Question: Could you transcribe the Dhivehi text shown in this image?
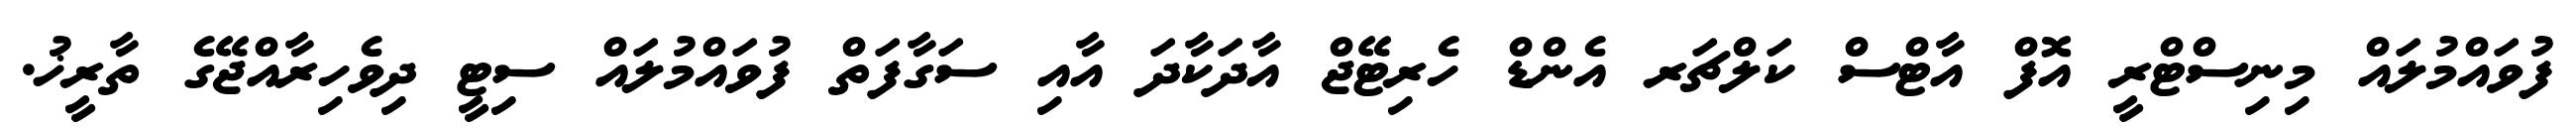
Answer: ފުވައްމުލައް މިނިސްޓްރީ އޮފް އާޓްސް ކަލްޗަރ އެންޑް ހެރިޓޭޖް އާދަކާދަ އާއި ސަގާފަތް ފުވައްމުލައް ސިޓީ ދިވެހިރާއްޖޭގެ ތާރީޚު.